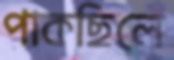
পাকছিলে